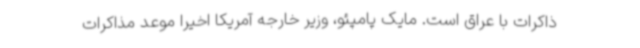
ذاکرات با عراق است. مایک پامپئو، وزیر خارجه آمریکا اخیرا موعد مذاکرات